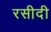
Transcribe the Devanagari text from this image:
रसीदी